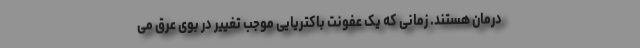
درمان هستند. زمانی که یک عفونت باکتریایی موجب تغییر در بوی عرق می